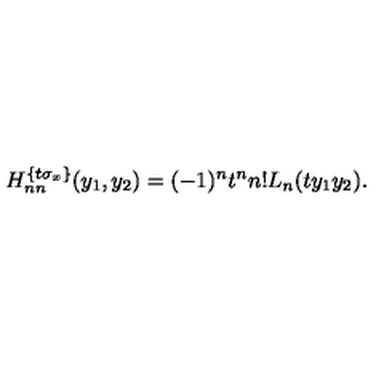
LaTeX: H _ { n n } ^ { \{ t \sigma _ { x } \} } ( y _ { 1 } , y _ { 2 } ) = ( - 1 ) ^ { n } t ^ { n } n ! L _ { n } ( t y _ { 1 } y _ { 2 } ) .